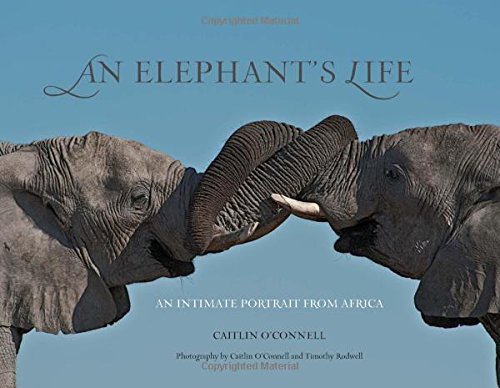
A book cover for Elephant's Life: An Intimate Portrait From Africa; Caitlin O'connell; Travel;